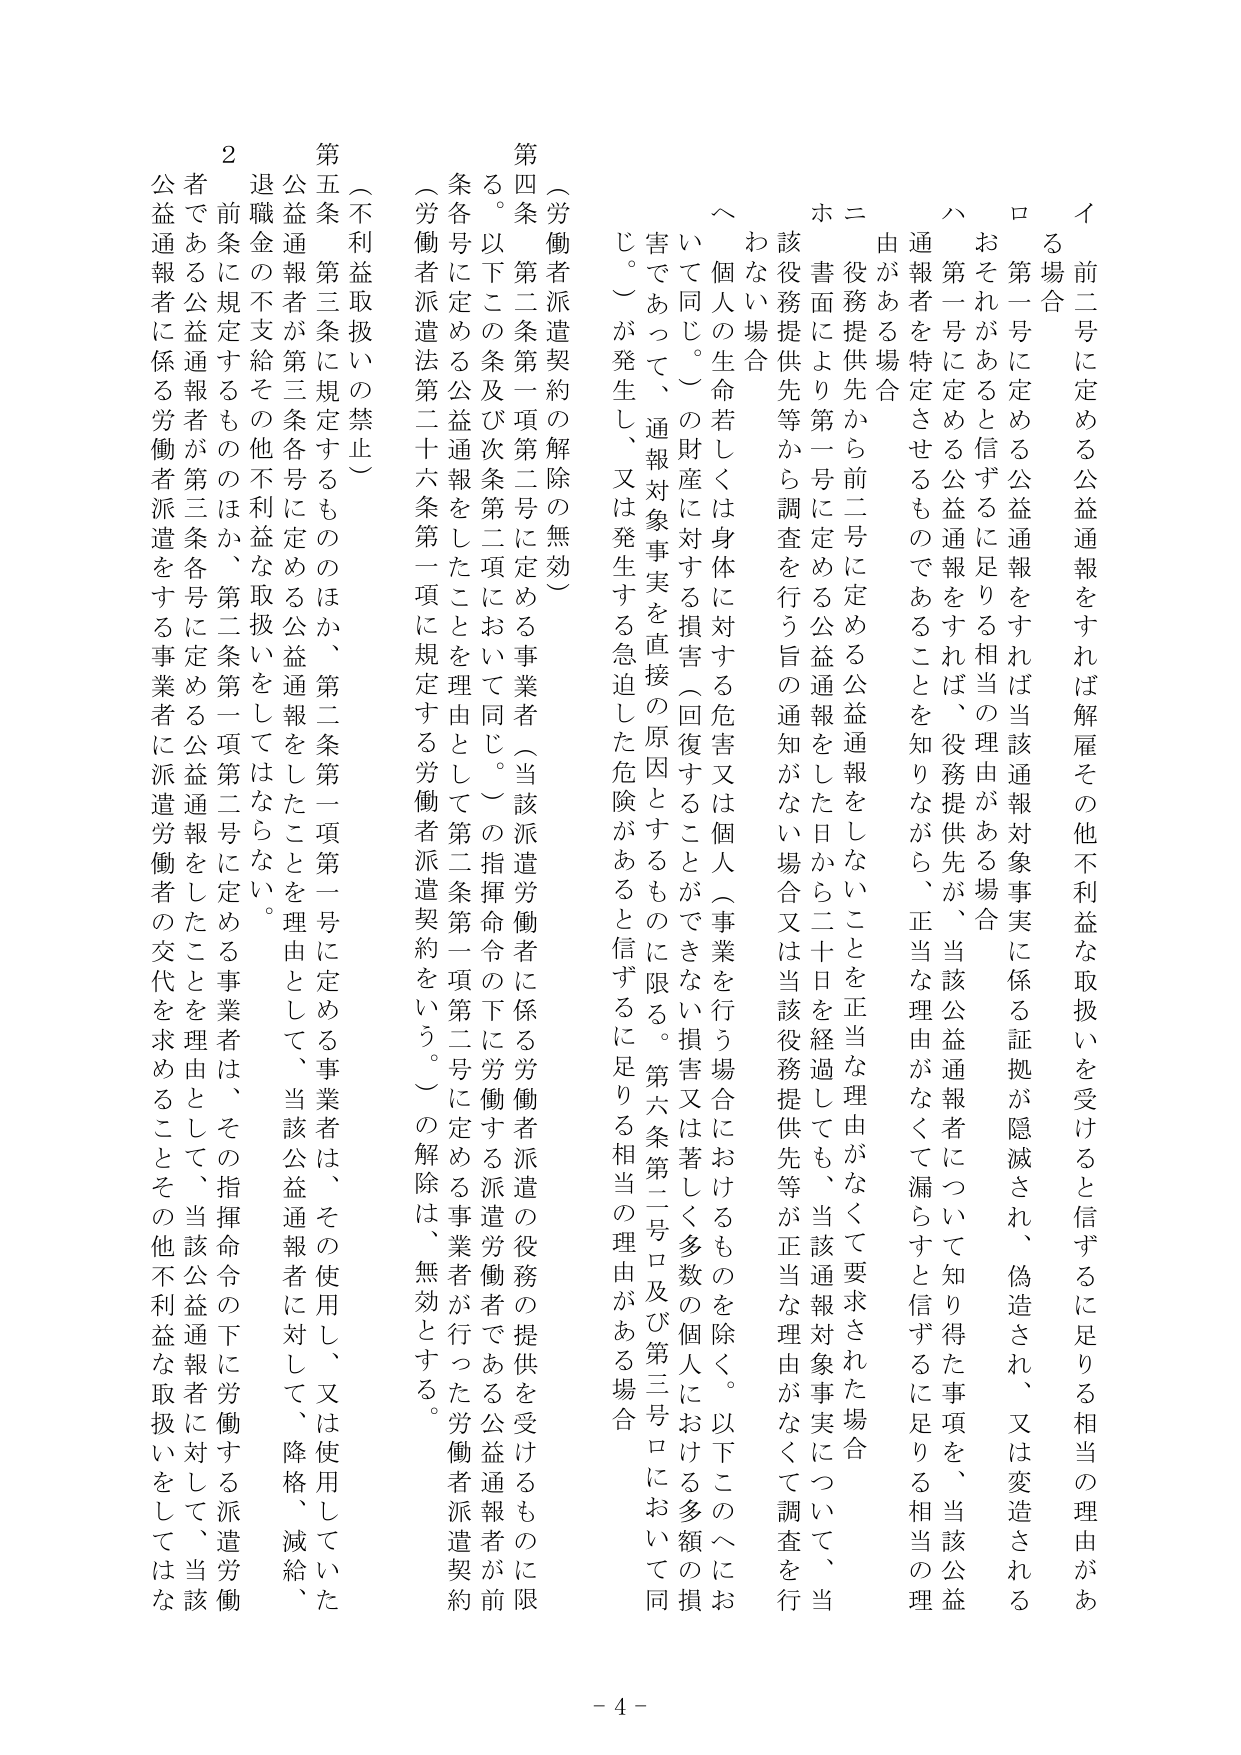
イ　前二号に定める公益通報をすれば解雇その他不利益な取扱いを受けると信ずるに足りる相当の理由がある場合

ロ　第一号に定める公益通報をすれば当該通報対象事実に係る証拠が隠滅され、偽造され、又は変造されるおそれがあると信ずるに足りる相当の理由がある場合

ハ　第一号に定める公益通報をすれば、役務提供先が、当該公益通報者について知り得た事項を、当該公益通報者を特定させることを知りながら、正当な理由がなくて漏らすと信ずるに足りる相当の理由がある場合

ニ　役務提供先から前二号に定める公益通報をしないことを正当な理由がなくて要求された場合

ホ　書面により第一号に定める公益通報をした日から二十日を経過しても、当該通報対象事実について、当該役務提供先等から調査を行う旨の通知がない場合又は当該役務提供先等が正当な理由がなくて調査を行わない場合

ヘ　個人の生命若しくは身体に対する危害又は個人（事業を行う場合におけるものを除く。以下このヘにおいて同じ。）の財産に対する損害（回復することができない損害又は著しく多数の個人における多額の損害であって、通報対象事実を直接の原因とするものに限る。第六条第二号ロ及び第三号ロにおいて同じ。）が発生し、又は発生する急迫した危険があると信ずるに足りる相当の理由がある場合

（労働者派遣契約の解除の無効）

第四条　第二条第一項第二号に定める事業者（当該派遣労働者に係る労働者派遣の役務の提供を受けるものに限る。以下この条及び次条第二項において同じ。）の指揮命令の下に労働する派遣労働者である公益通報者が前条各号に定める公益通報をしたことを理由として第二条第一項第二号に定める事業者が行った労働者派遣契約（労働者派遣法第二十六条第一項に規定する労働者派遣契約をいう。）の解除は、無効とする。

（不利益取扱いの禁止）

第五条　第三条に規定するもののほか、第二条第一項第一号に定める事業者は、その使用し、又は使用していた公益通報者が第三条各号に定める公益通報をしたことを理由として、当該公益通報者に対して、降格、減給、退職金の不支給その他不利益な取扱いをしてはならない。

２　前条に規定するもののほか、第二条第一項第二号に定める事業者は、その指揮命令の下に労働する派遣労働者である公益通報者が第三条各号に定める公益通報をしたことを理由として、当該公益通報者に係る労働者派遣をする事業者に派遣労働者の交代を求めることその他不利益な取扱いをしてはならない。

- 4 -